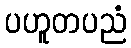
ပဟူတပညံ